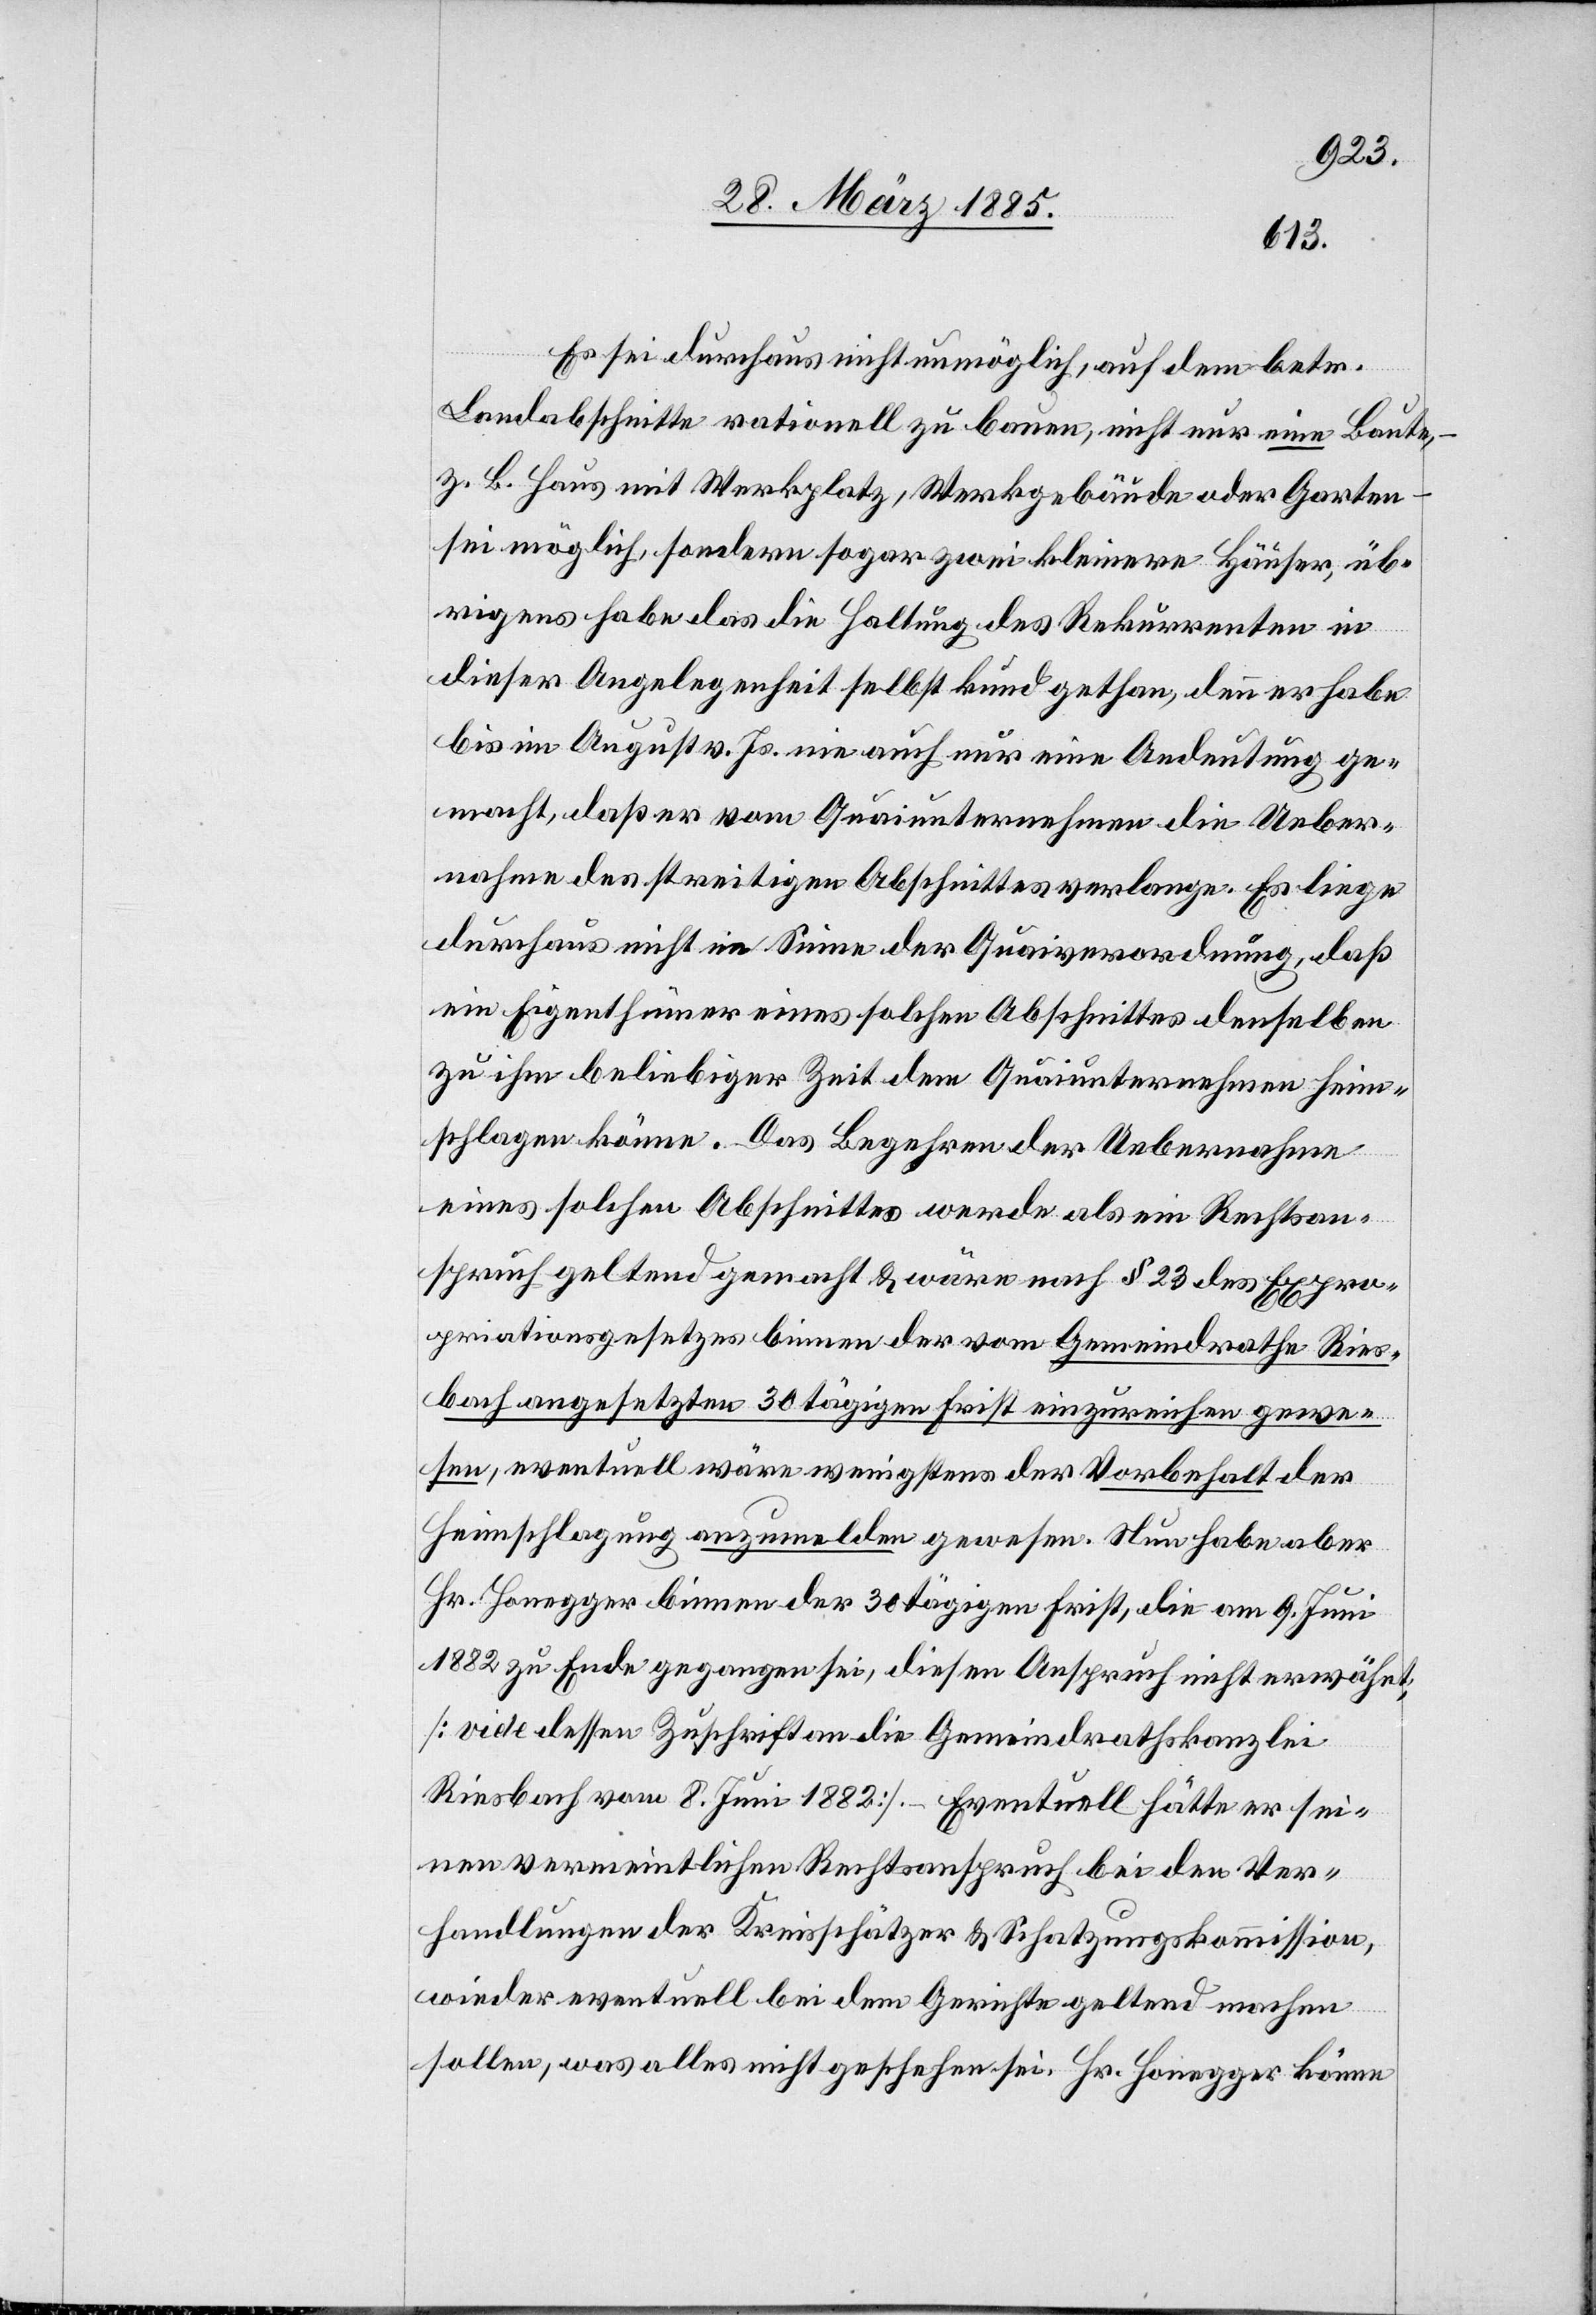
Es sei durchaus nicht unmöglich, auf dem betr.
Landabschnitte rationell zu bauen, nicht nur eine Baute,
z. B. Haus mit Werkplatz, Werkgebäude oder Garten
sei möglich, sondern sogar zwei kleinere Häuser, üb¬
rigens habe das die Haltung des Rekurrenten in
dieser Angelegenheit selbst kund gethan, denn er habe
bis im August v. Js. nie auch nur eine Andeutung ge¬
macht, daß er vom Quaiunternehmen die Ueber¬
nahme des streitigen Abschnittes verlange. Es liege
durchaus nicht im Sinne der Quaiverordnung, daß
ein Eigenthümer eines solchen Abschnittes denselben
zu ihm beliebiger Zeit dem Quaiunternehmen heim¬
schlagen könne. Das Begehren der Uebernahme
eines solchen Abschnittes werde als ein Rechtsan¬
spruch geltend gemacht & wäre nach § 23 des Expro¬
priationsgesetzes binnen der vom Gemeindrathe Ries¬
bach angesetzten 30 tägigen Frist einzureichen gewe¬
sen, eventuell wäre wenigstens der Vorbehalt der
Heimschlagung anzumelden gewesen. Nun habe aber
Hr. Honegger binnen der 30 tägigen Frist, die am 9. Juni
1882 zu Ende gegangen sei, diesen Anspruch nicht erwähnt;
[vide dessen Zuschriften an die Gemeindrathskanzlei
Riesbach vom 8. Juni 1882]. – Eventuell hätte er sei¬
nen vermeintlichen Rechtsanspruch bei den Ver¬
handlungen der Kreisschätzer & Schatzungskommission,
wieder eventuell bei dem Gerichte geltend machen
sollen, was alles nicht geschehen sei. Hr. Honegger könne